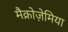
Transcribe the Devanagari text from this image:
मैक्रोज़ेमिया